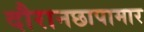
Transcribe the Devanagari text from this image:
दौरानछापामार